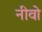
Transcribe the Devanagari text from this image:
नीवो